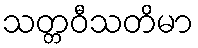
သတ္တဝီသတိမာ